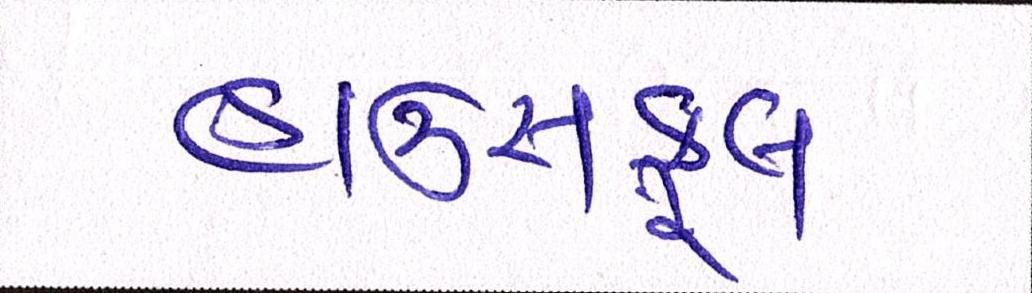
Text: હાઉસફૂલ